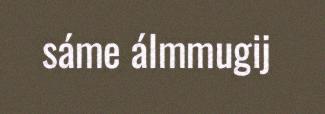
sáme álmmugij